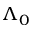
\Lambda _ { 0 }